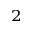
^ 2